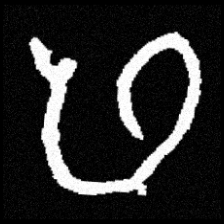
Pyu character \u2014 Myanmar letter: ဖ (romanized: pha)